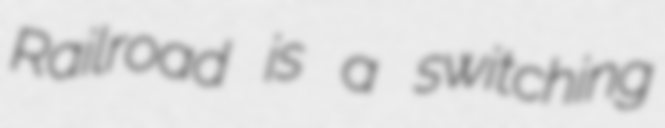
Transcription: Railroad is a switching